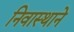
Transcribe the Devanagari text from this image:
निवास्थाने